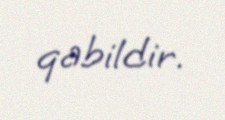
qabildir.